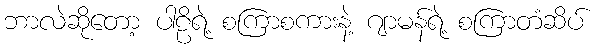
ဘာလဲဆိုတော့ ပါဠိရဲ့ စကြာစကားနဲ့ ဂျာမန်ရဲ့ စကြာတံဆိပ်